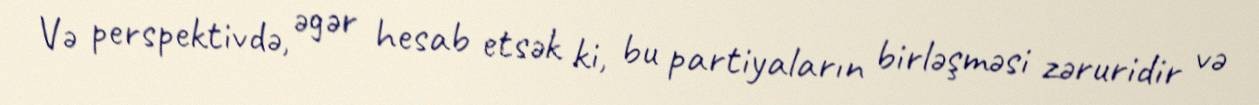
Və perspektivdə, əgər hesab etsək ki, bu partiyaların birləşməsi zəruridir və